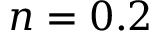
n = 0 . 2